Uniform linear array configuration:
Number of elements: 24
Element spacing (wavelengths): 1
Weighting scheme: hann
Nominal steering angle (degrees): -30
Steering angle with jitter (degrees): -29.228
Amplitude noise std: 0.05
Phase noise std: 0.05

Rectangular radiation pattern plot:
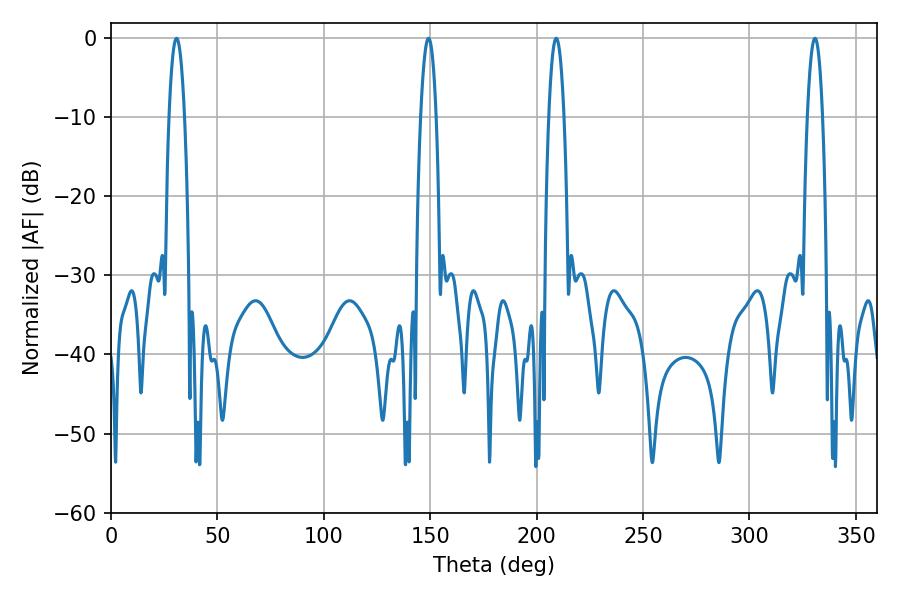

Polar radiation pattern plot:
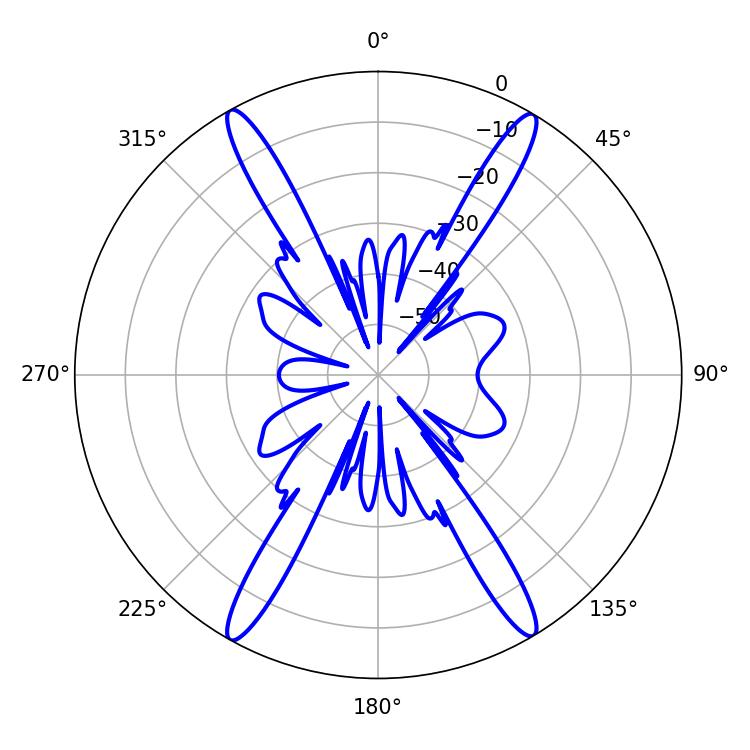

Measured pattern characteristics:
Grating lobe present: TRUE
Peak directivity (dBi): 26.144
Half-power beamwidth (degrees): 3.96
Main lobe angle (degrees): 30.78